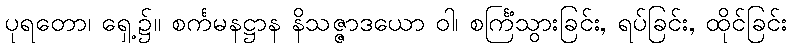
ပုရတော၊ ရှေ့၌။ စင်္ကမနဋ္ဌာန နိသဇ္ဇာဒယော ဝါ၊ စင်္ကြံသွားခြင်း, ရပ်ခြင်း, ထိုင်ခြင်း